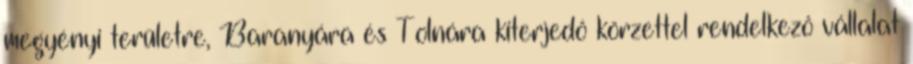
megyényi területre, Baranyára és Tolnára kiterjedô körzettel rendelkezô vállalat